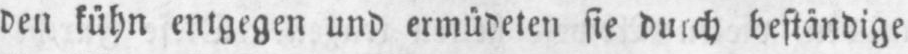
den kühn entgegen und ermüdeten sie durch beständige